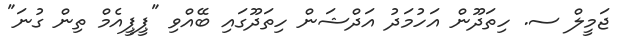
ޖަމީލް ސ. ހިތަދޫން އަހުމަދު އަދްޝަން ހިތަދޫގައި ބޭއްވި "ޕީޕީއެމް ތިން ގުނަ"